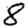
Digit: 8